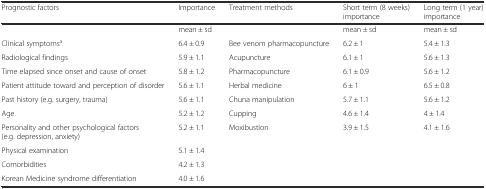
<table><thead><tr><td><b>Prognostic factors</b></td><td><b>Importance</b></td><td><b>Treatment methods</b></td><td><b>Short term (8 weeks) importance</b></td><td><b>Long term (1 year) importance</b></td></tr></thead><tbody><tr><td></td><td>mean ± sd</td><td></td><td>mean ± sd</td><td>mean ± sd</td></tr><tr><td>Clinical symptoms<sup>a</sup></td><td>6.4 ± 0.9</td><td>Bee venom pharmacopuncture</td><td>6.2 ± 1</td><td>5.4 ± 1.3</td></tr><tr><td>Radiological findings</td><td>5.9 ± 1.1</td><td>Acupuncture</td><td>6.1 ± 1</td><td>5.6 ± 1.3</td></tr><tr><td>Time elapsed since onset and cause of onset</td><td>5.8 ± 1.2</td><td>Pharmacopuncture</td><td>6.1 ± 0.9</td><td>5.6 ± 1.2</td></tr><tr><td>Patient attitude toward and perception of disorder</td><td>5.6 ± 1.1</td><td>Herbal medicine</td><td>6 ± 1</td><td>6.5 ± 0.8</td></tr><tr><td>Past history (e.g. surgery, trauma)</td><td>5.6 ± 1.1</td><td>Chuna manipulation</td><td>5.7 ± 1.1</td><td>5.6 ± 1.2</td></tr><tr><td>Age</td><td>5.2 ± 1.2</td><td>Cupping</td><td>4.6 ± 1.4</td><td>4 ± 1.4</td></tr><tr><td>Personality and other psychological factors (e.g. depression, anxiety)</td><td>5.2 ± 1.1</td><td>Moxibustion</td><td>3.9 ± 1.5</td><td>4.1 ± 1.6</td></tr><tr><td>Physical examination</td><td>5.1 ± 1.4</td><td></td><td></td><td></td></tr><tr><td>Comorbidities</td><td>4.2 ± 1.3</td><td></td><td></td><td></td></tr><tr><td>Korean Medicine syndrome differentiation</td><td>4.0 ± 1.6</td><td></td><td></td><td></td></tr></tbody></table>